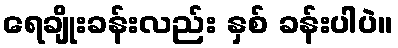
ရေချိုးခန်းလည်း နှစ် ခန်းပါပဲ။